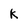
Character: k